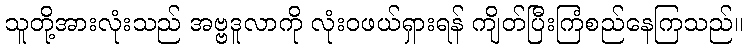
သူတို့အားလုံးသည် အဗ္ဗဒူလာကို လုံးဝဖယ်ရှားရန် ကျိတ်ပြီးကြံစည်နေကြသည်။